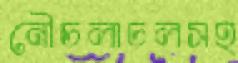
নৌচলাচলসহ